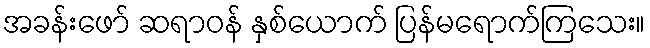
အခန်းဖော် ဆရာဝန် နှစ်ယောက် ပြန်မရောက်ကြသေး။